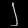
Digit: ၂